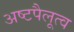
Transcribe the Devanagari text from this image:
अष्टपैलूत्व